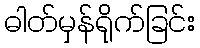
ဓါတ်မှန်ရိုက်ခြင်း